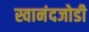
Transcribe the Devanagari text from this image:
स्वानंदजोडी